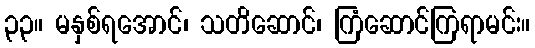
၃၃။ မနှစ်ရအောင်၊ သတိဆောင်၊ ကြံဆောင်ကြရာမင်း။